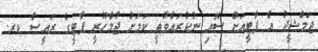
ޖަމްޝީދު އެ ޕާޓީއަށް ސޮއި ނުކުރައްވާތީ ކަމަށް ޖުމްހޫރީ ޕާޓީގެ ރައީސް ޑރ.